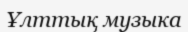
Ұлттық музыка